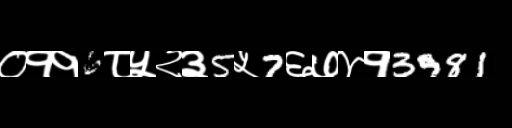
Text: ०११6८५२३5५7६७४१3981